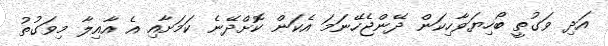
އަދި ވަގުތީ ބޯހިޔަވާހިކަން ދޭންޖެހޭނަމަ އެކަން ކޮށްދޭނެ ކަމަށާއި އެ އާއިލާ މިވަގުތު